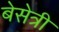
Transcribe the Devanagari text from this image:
बेसेत्री